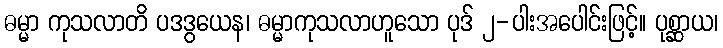
ဓမ္မာ ကုသလာတိ ပဒဒွယေန၊ ဓမ္မာကုသလာဟူသော ပုဒ် ၂-ပါးအပေါင်းဖြင့်။ ပုစ္ဆာယ၊